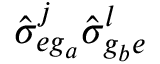
\hat { \sigma } _ { e g _ { a } } ^ { j } \hat { \sigma } _ { g _ { b } e } ^ { l }